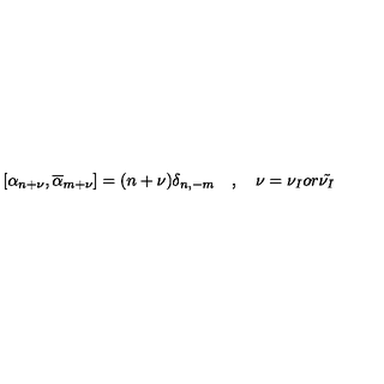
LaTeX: [ \alpha _ { n + \nu } , \overline { { \alpha } } _ { m + \nu } ] = ( n + \nu ) \delta _ { n , - m } \quad , \quad \nu = \nu _ { I } o r \tilde { \nu _ { I } }